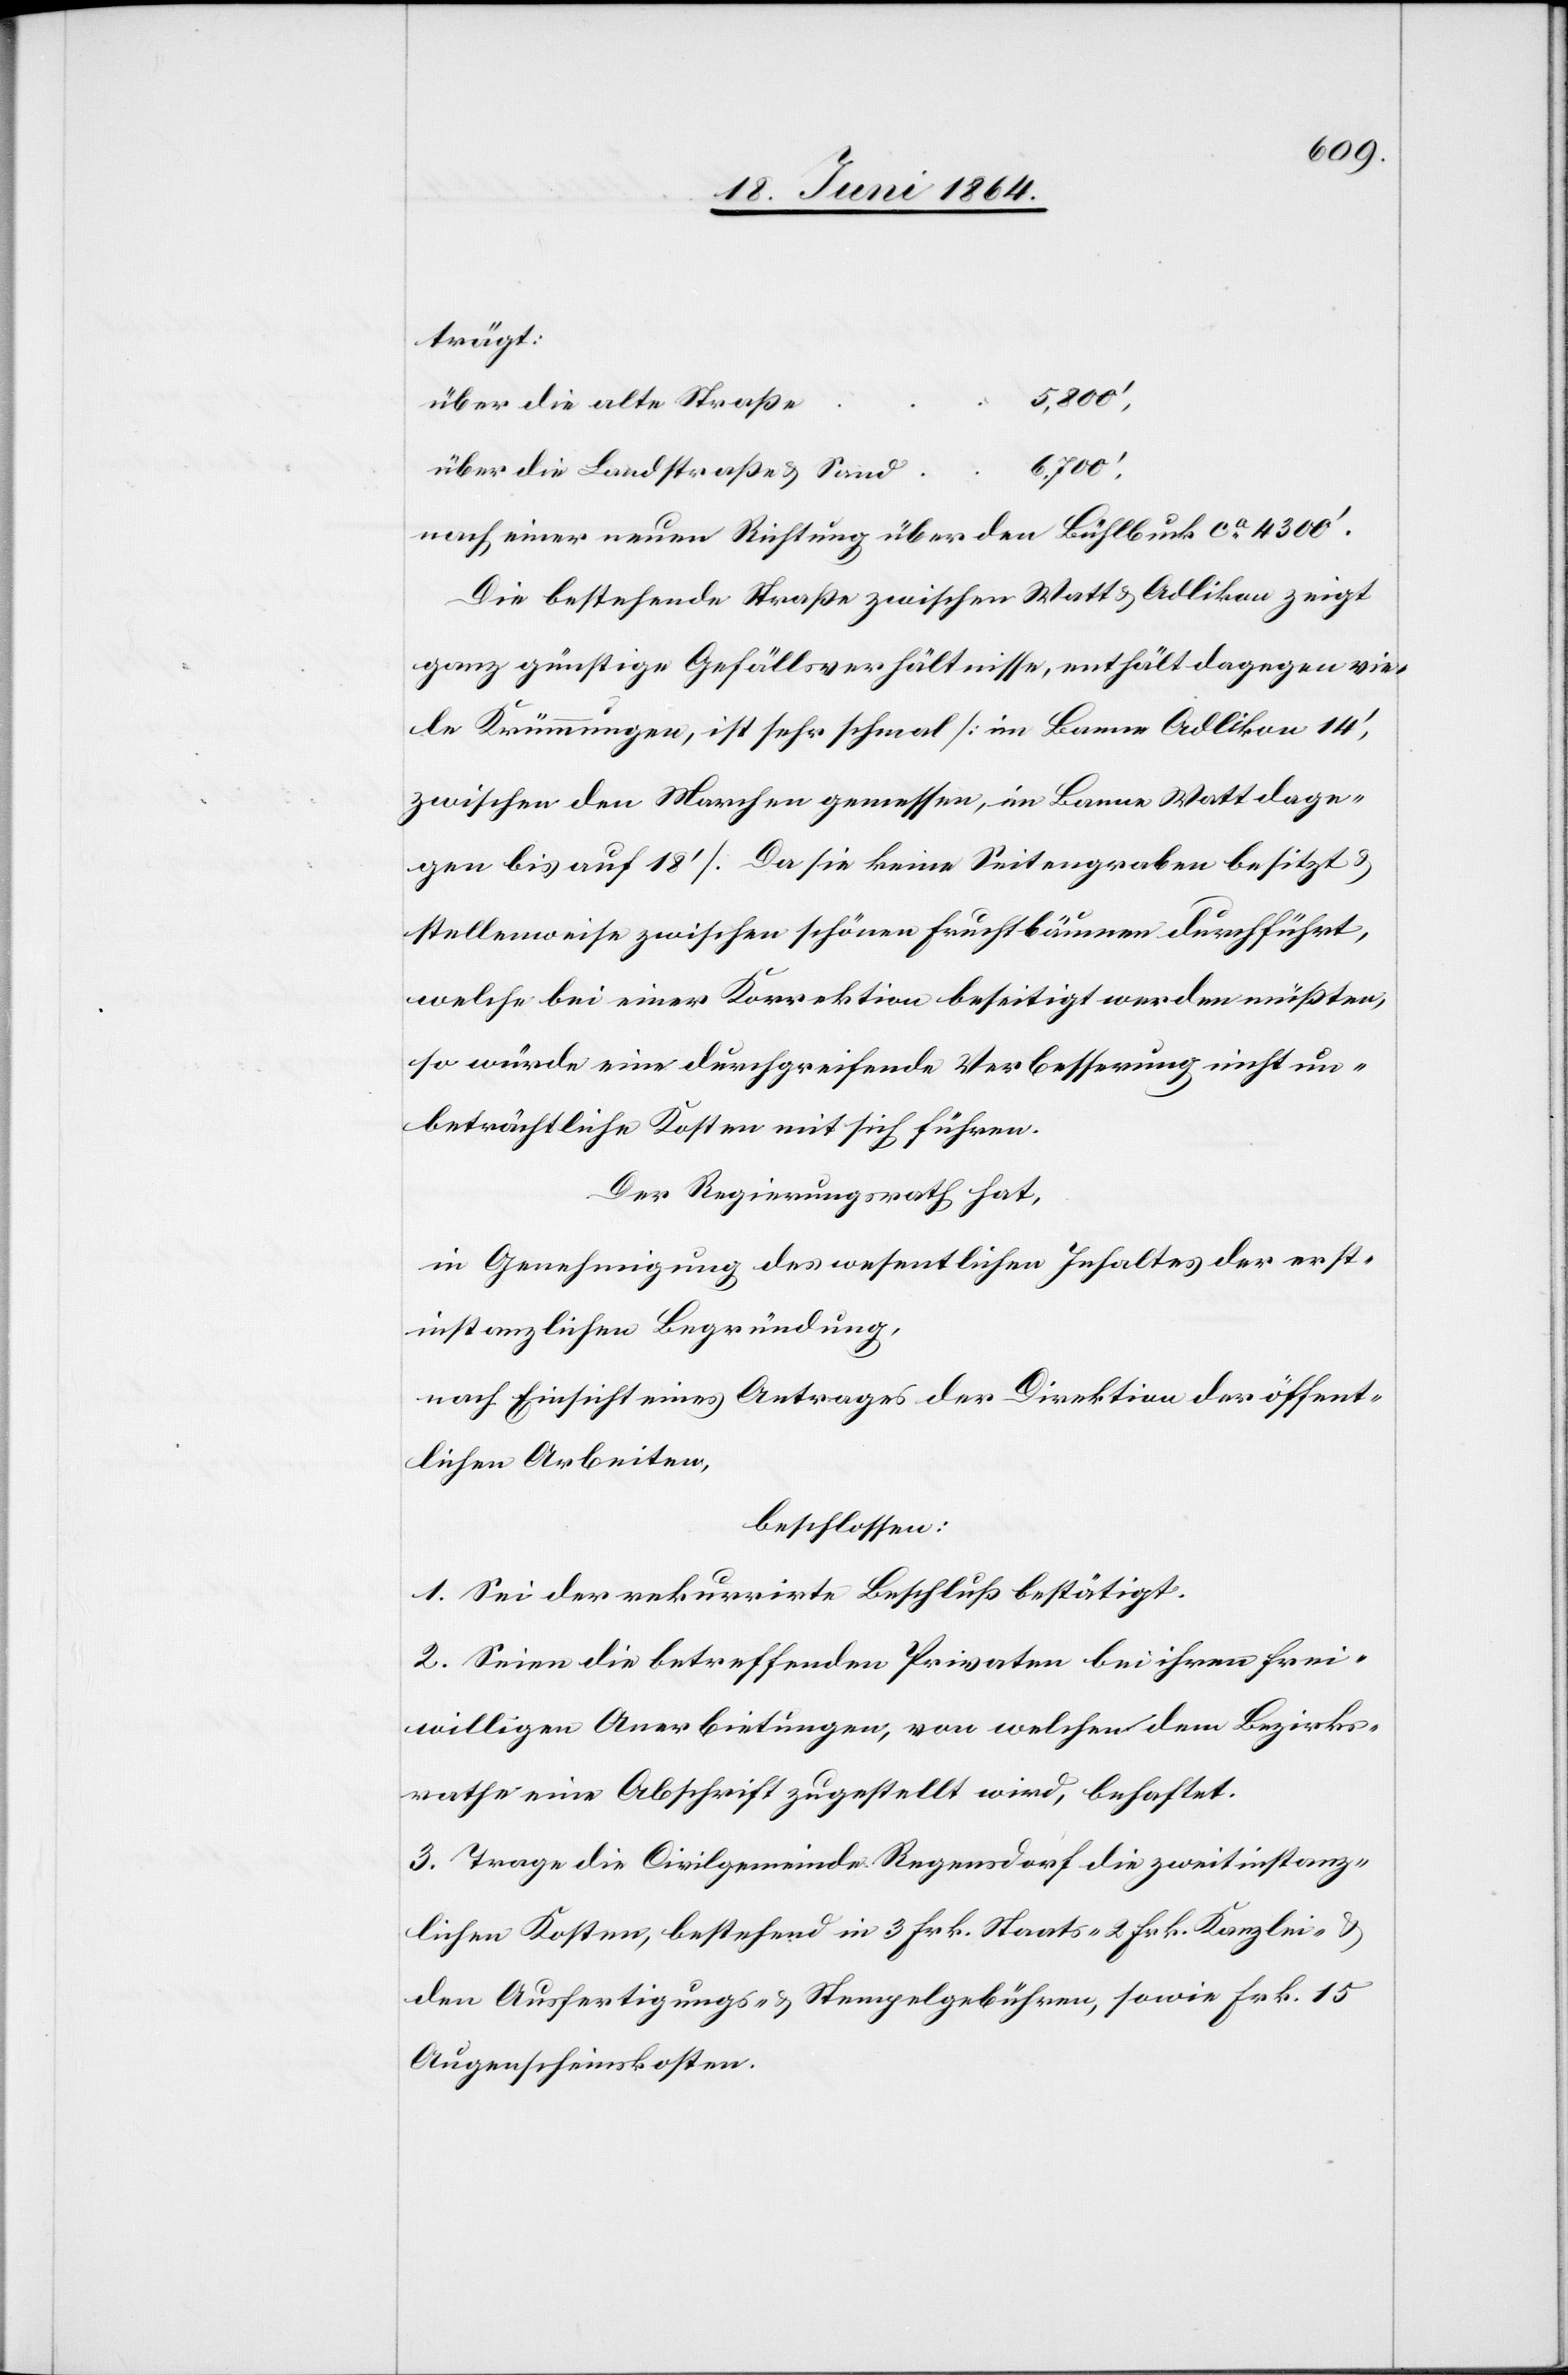
trägt:
über die alte Straß¬
e	5,800’,
über die Landstraße u. Sand.
nach einer neuen Richtung über den Bühlbuck ca 4300’.
Die bestehende Straße zwischen Watt u. Adlikon zeigt
ganz günstige Gefällsverhältnisse, enthält dagegen vie¬
le Krümmungen, ist sehr schmal [im Banne Adlikon 14’,
zwischen den Marchen gemessen, im Banne Watt dage¬
gen bis auf 18’]. Da sie keine Seitengraben besitzt u.
stellenweise zwischen schönen Fruchtbäumen durchführt,
welche bei einer Korrektion beseitigt werden müßten,
so würde eine durchgreifende Verbesserung nicht un¬
beträchtliche Kosten mit sich führen.
Der Regierungsrath hat,
in Genehmigung des wesentlichen Inhaltes der erst¬
instanzlichen Begründung,
nach Einsicht eines Antrages des Direktion der öffent¬
lichen Arbeiten,
beschlossen:
1. Sei der rekurrirte Beschluß bestätigt.
2. Seien die betreffenden Privaten bei ihren frei¬
willigen Anerbietungen, von welchen dem Bezirks¬
rathe eine Abschrift zugestellt wird, behaftet.
3. Trage die Civilgemeinde Regensdorf die zweitinstanz¬
lichen Kosten, bestehend in 3 Frk. Staats-[,] 2 Frk. Kanzlei- u.
den Ausfertigungs- u. Stempelgebühren, sowie Frk. 15
Augenscheinskosten.